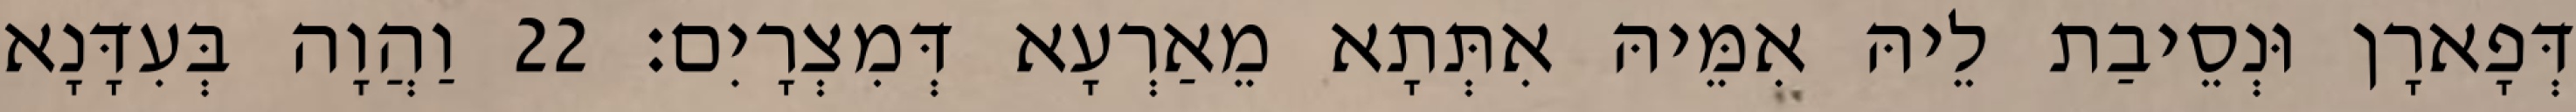
דְּפָארָן וּנְסֵיבַת לֵיהּ אִמֵּיהּ אִתְּתָא מֵאַרְעָא דְּמִצְרָיִם׃ 22 וַהֲוָה בְּעִדָּנָא